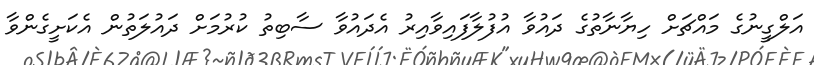
އަލްގީނުގެ މައްޗަށް ހިޔާނާތުގެ ދައުވާ އުފުލާފައިވާއިރު އެދައުވާ ސާބިތު ކުރުމަށް ދައުލަތުން އެކަށީގެންވާ